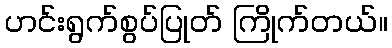
ဟင်းရွက်စွပ်ပြုတ် ကြိုက်တယ်။